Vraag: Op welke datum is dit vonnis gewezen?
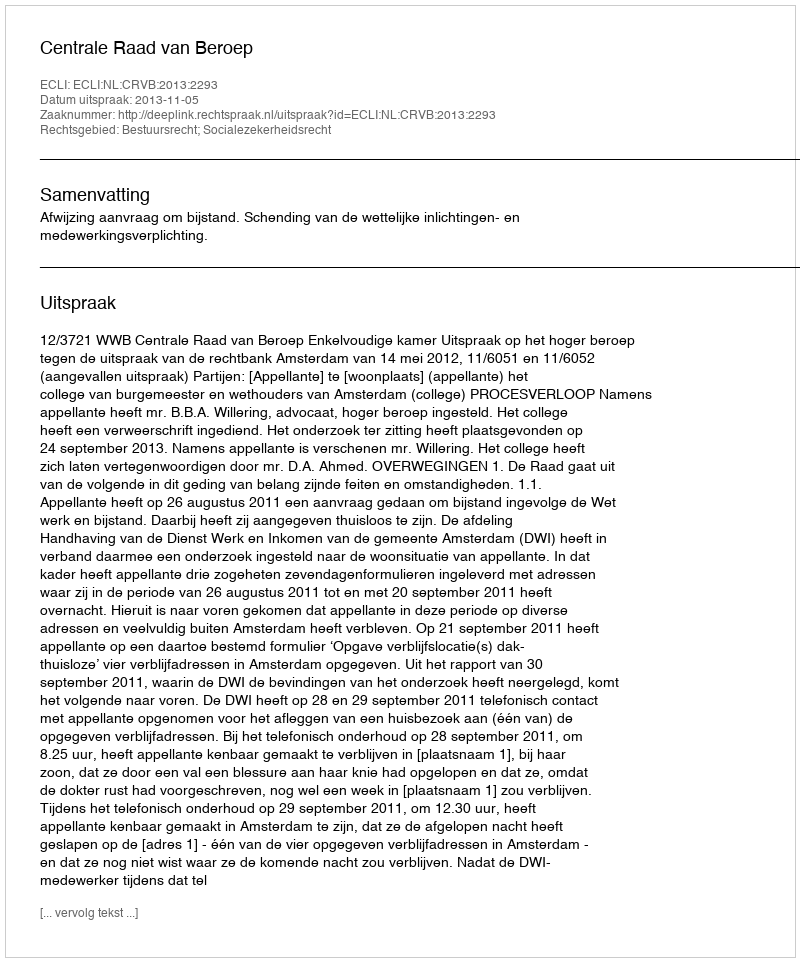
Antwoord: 2013-11-05